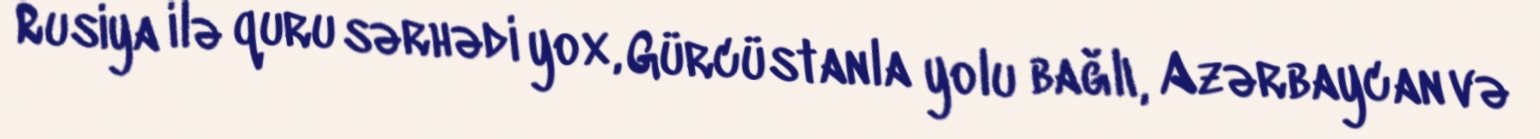
Rusiya ilə quru sərhədi yox, Gürcüstanla yolu bağlı, Azərbaycan və